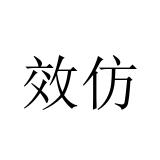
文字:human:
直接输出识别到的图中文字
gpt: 效仿